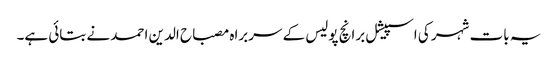
یہ بات شہر کی اسپیشل برانچ پولیس کے سربراہ مصباح الدین احمد نے بتائی ہے۔